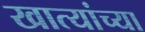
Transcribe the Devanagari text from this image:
खात्यांच्या